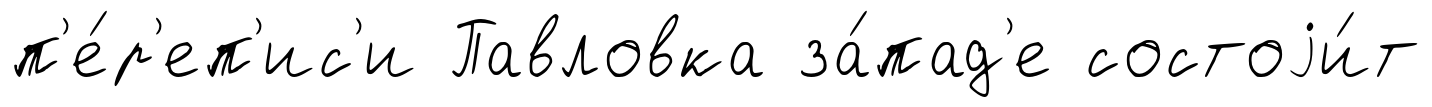
п'е́р'еп'ис'и Павловка за́пад'е состоjи́т